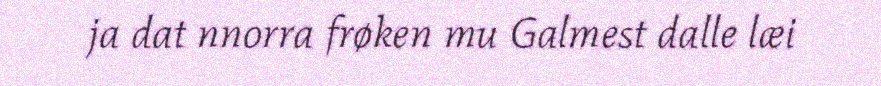
ja dat nnorra frøken mu Galmest dalle læi